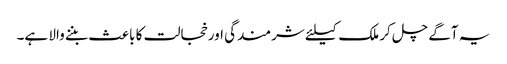
یہ آگے چل کر ملک کیلئے شرمندگی اور خجالت کا باعث بننے والا ہے۔